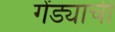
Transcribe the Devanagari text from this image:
गेंड्याची